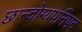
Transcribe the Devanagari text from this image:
छान्दोग्यपनिषद